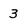
Character: 3